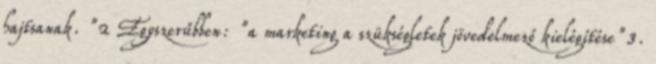
hajtsanak. "2 Egyszerűbben: "a marketing a szükségletek jövedelmező kielégítése"3.